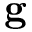
\mathbf { g }